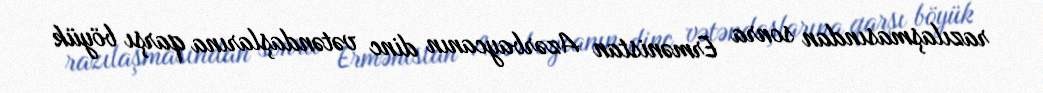
razılaşmasından sonra Ermənistan Azərbaycanın dinc vətəndaşlarına qarşı böyük